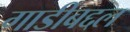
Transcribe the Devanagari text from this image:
गाडीबद्दल